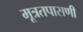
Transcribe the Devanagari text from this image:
मूत्रतपासणी